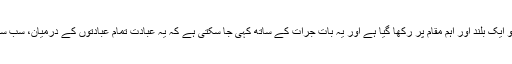
انھوں نے کہا کہ اس دین میں نمازکو ایک بلند اور اہم مقام پر رکھا گیا ہے اور یہ بات جرات کے ساتھ کہی جا سکتی ہے کہ یہ عبادت تمام عبادتوں کے درمیان، سب سے عظیم اور بلند مرتبہ عبادت ہے ۔